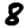
Digit: 8